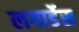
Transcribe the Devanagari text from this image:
लगार्डेस